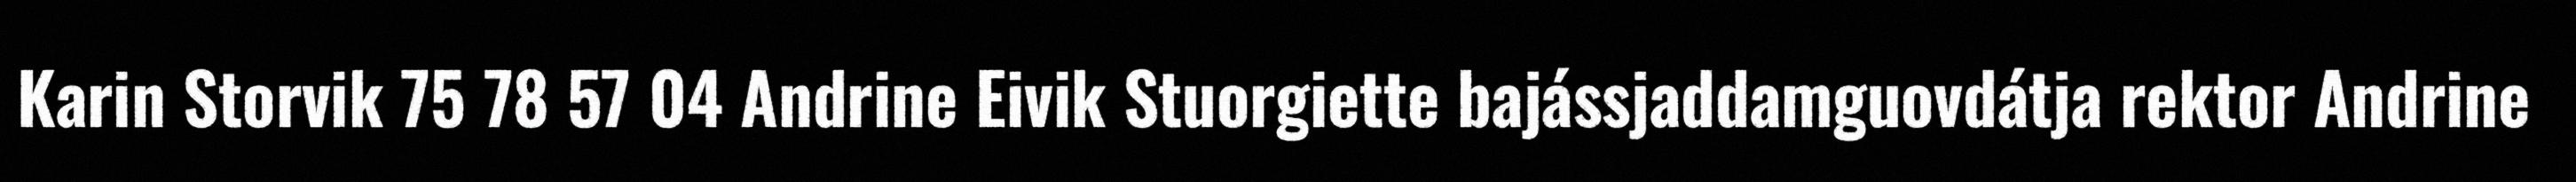
Karin Storvik 75 78 57 04 Andrine Eivik Stuorgiette bajássjaddamguovdátja rektor Andrine